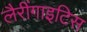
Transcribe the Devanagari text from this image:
लैरींगाइटिस